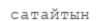
сатайтын